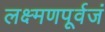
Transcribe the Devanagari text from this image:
लक्ष्मणपूर्वजं